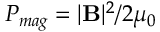
P _ { m a g } = | \mathbf { B } | ^ { 2 } / 2 \mu _ { 0 }